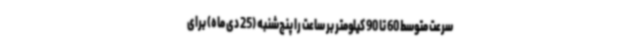
سرعت متوسط 60 تا 90 کیلومتر بر ساعت را پنج‌شنبه (25 دی ماه) برای